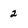
Character: 2